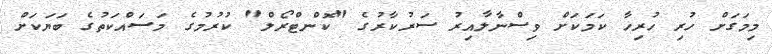
މިމަގަށް ހުރި ހުރިހާ ކަމަކަށް ވިސްނާލާއިރު ސަރުކާރުގެ "ކޮންޓްރޯލް" ކުރުމުގެ މަސައްކަތުގެ ބަޔަކަށް